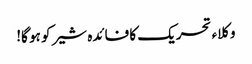
وکلاء تحریک کا فائدہ شیر کو ہو گا!